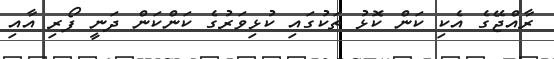
ރާއްޖޭގެ އެކި ކަން ކޮޅު ތަކުގައި ކުޅިވަރުގެ ކަންކަން ދަނީ ފޯރި އާއި